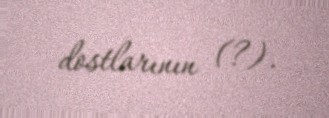
dostlarının (?).